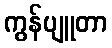
ကွန်ပျူတာ